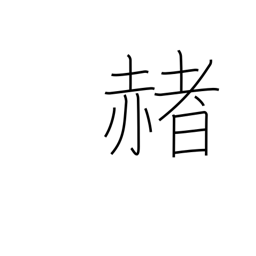
Meaning: red